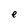
Character: e